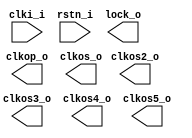
/*******************************************************************************
    Verilog netlist generated by IPGEN Lattice Radiant Software (64-bit)
    2023.2.0.38.1
    Soft IP Version: 1.8.0
    2024 03 17 12:20:48
*******************************************************************************/
/*******************************************************************************
    Wrapper Module generated per user settings.
*******************************************************************************/
module main_pll (clki_i, rstn_i, clkop_o, clkos_o, clkos2_o, clkos3_o,
    clkos4_o, clkos5_o, lock_o)/* synthesis syn_black_box syn_declare_black_box=1 */;
    input  clki_i;
    input  rstn_i;
    output  clkop_o;
    output  clkos_o;
    output  clkos2_o;
    output  clkos3_o;
    output  clkos4_o;
    output  clkos5_o;
    output  lock_o;
endmodule